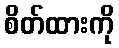
စိတ်ထားကို